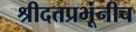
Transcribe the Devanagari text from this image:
श्रीदत्तप्रभूंनीच